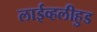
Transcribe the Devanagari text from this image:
लाईव्हलीहुड